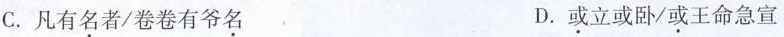
C.凡有名者/卷卷有爷名 D.或立或卧/或王命急宣